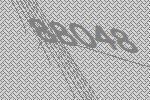
88048